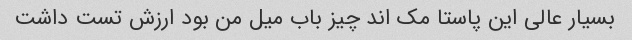
بسیار عالی این پاستا مک اند چیز باب میل من بود ارزش تست داشت